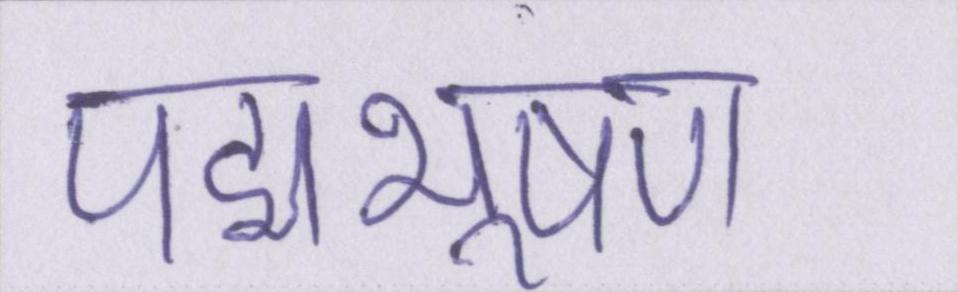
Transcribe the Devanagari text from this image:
पद्मभूषण